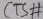
Text: CTS#